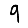
Digit: 9